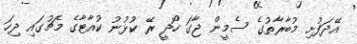
އޭދަފުށި މުބާރާތުގެ ސެމީން ޖާގަ ހޯދީ ރޭ ކުޅުނު ކުއާޓާގެ މެޗުގައި ދިހަ